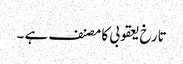
تارخ یعقوبی کا مصنف ہے ۔